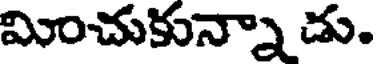
మించుకున్నా డు.